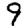
Digit: 9